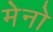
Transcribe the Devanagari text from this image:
मेनो